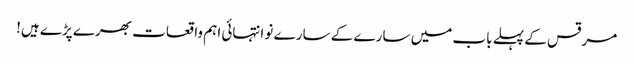
مرقس کے پہلے باب میں سارے کے سارے نو انتہائی اہم واقعات بھرے پڑے ہیں!